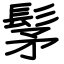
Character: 髳